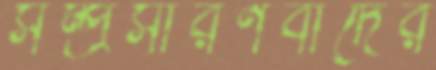
সম্প্রসারণবাদের